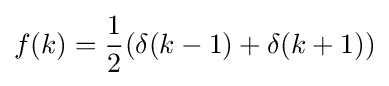
f(k)={\frac {1}{2}}(\delta (k-1)+\delta (k+1))